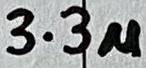
Text: 3.3u